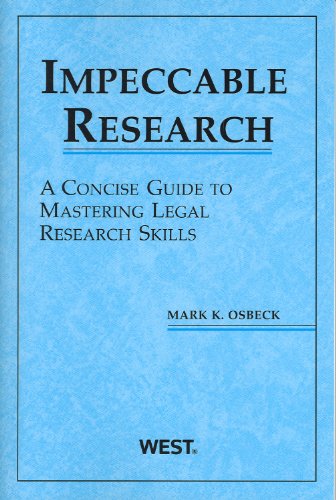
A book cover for Impeccable Research, A Concise Guide to Mastering Legal Research Skills (American Casebook Series); Mark Osbeck; Law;